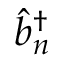
\hat { b } _ { n } ^ { \dagger }